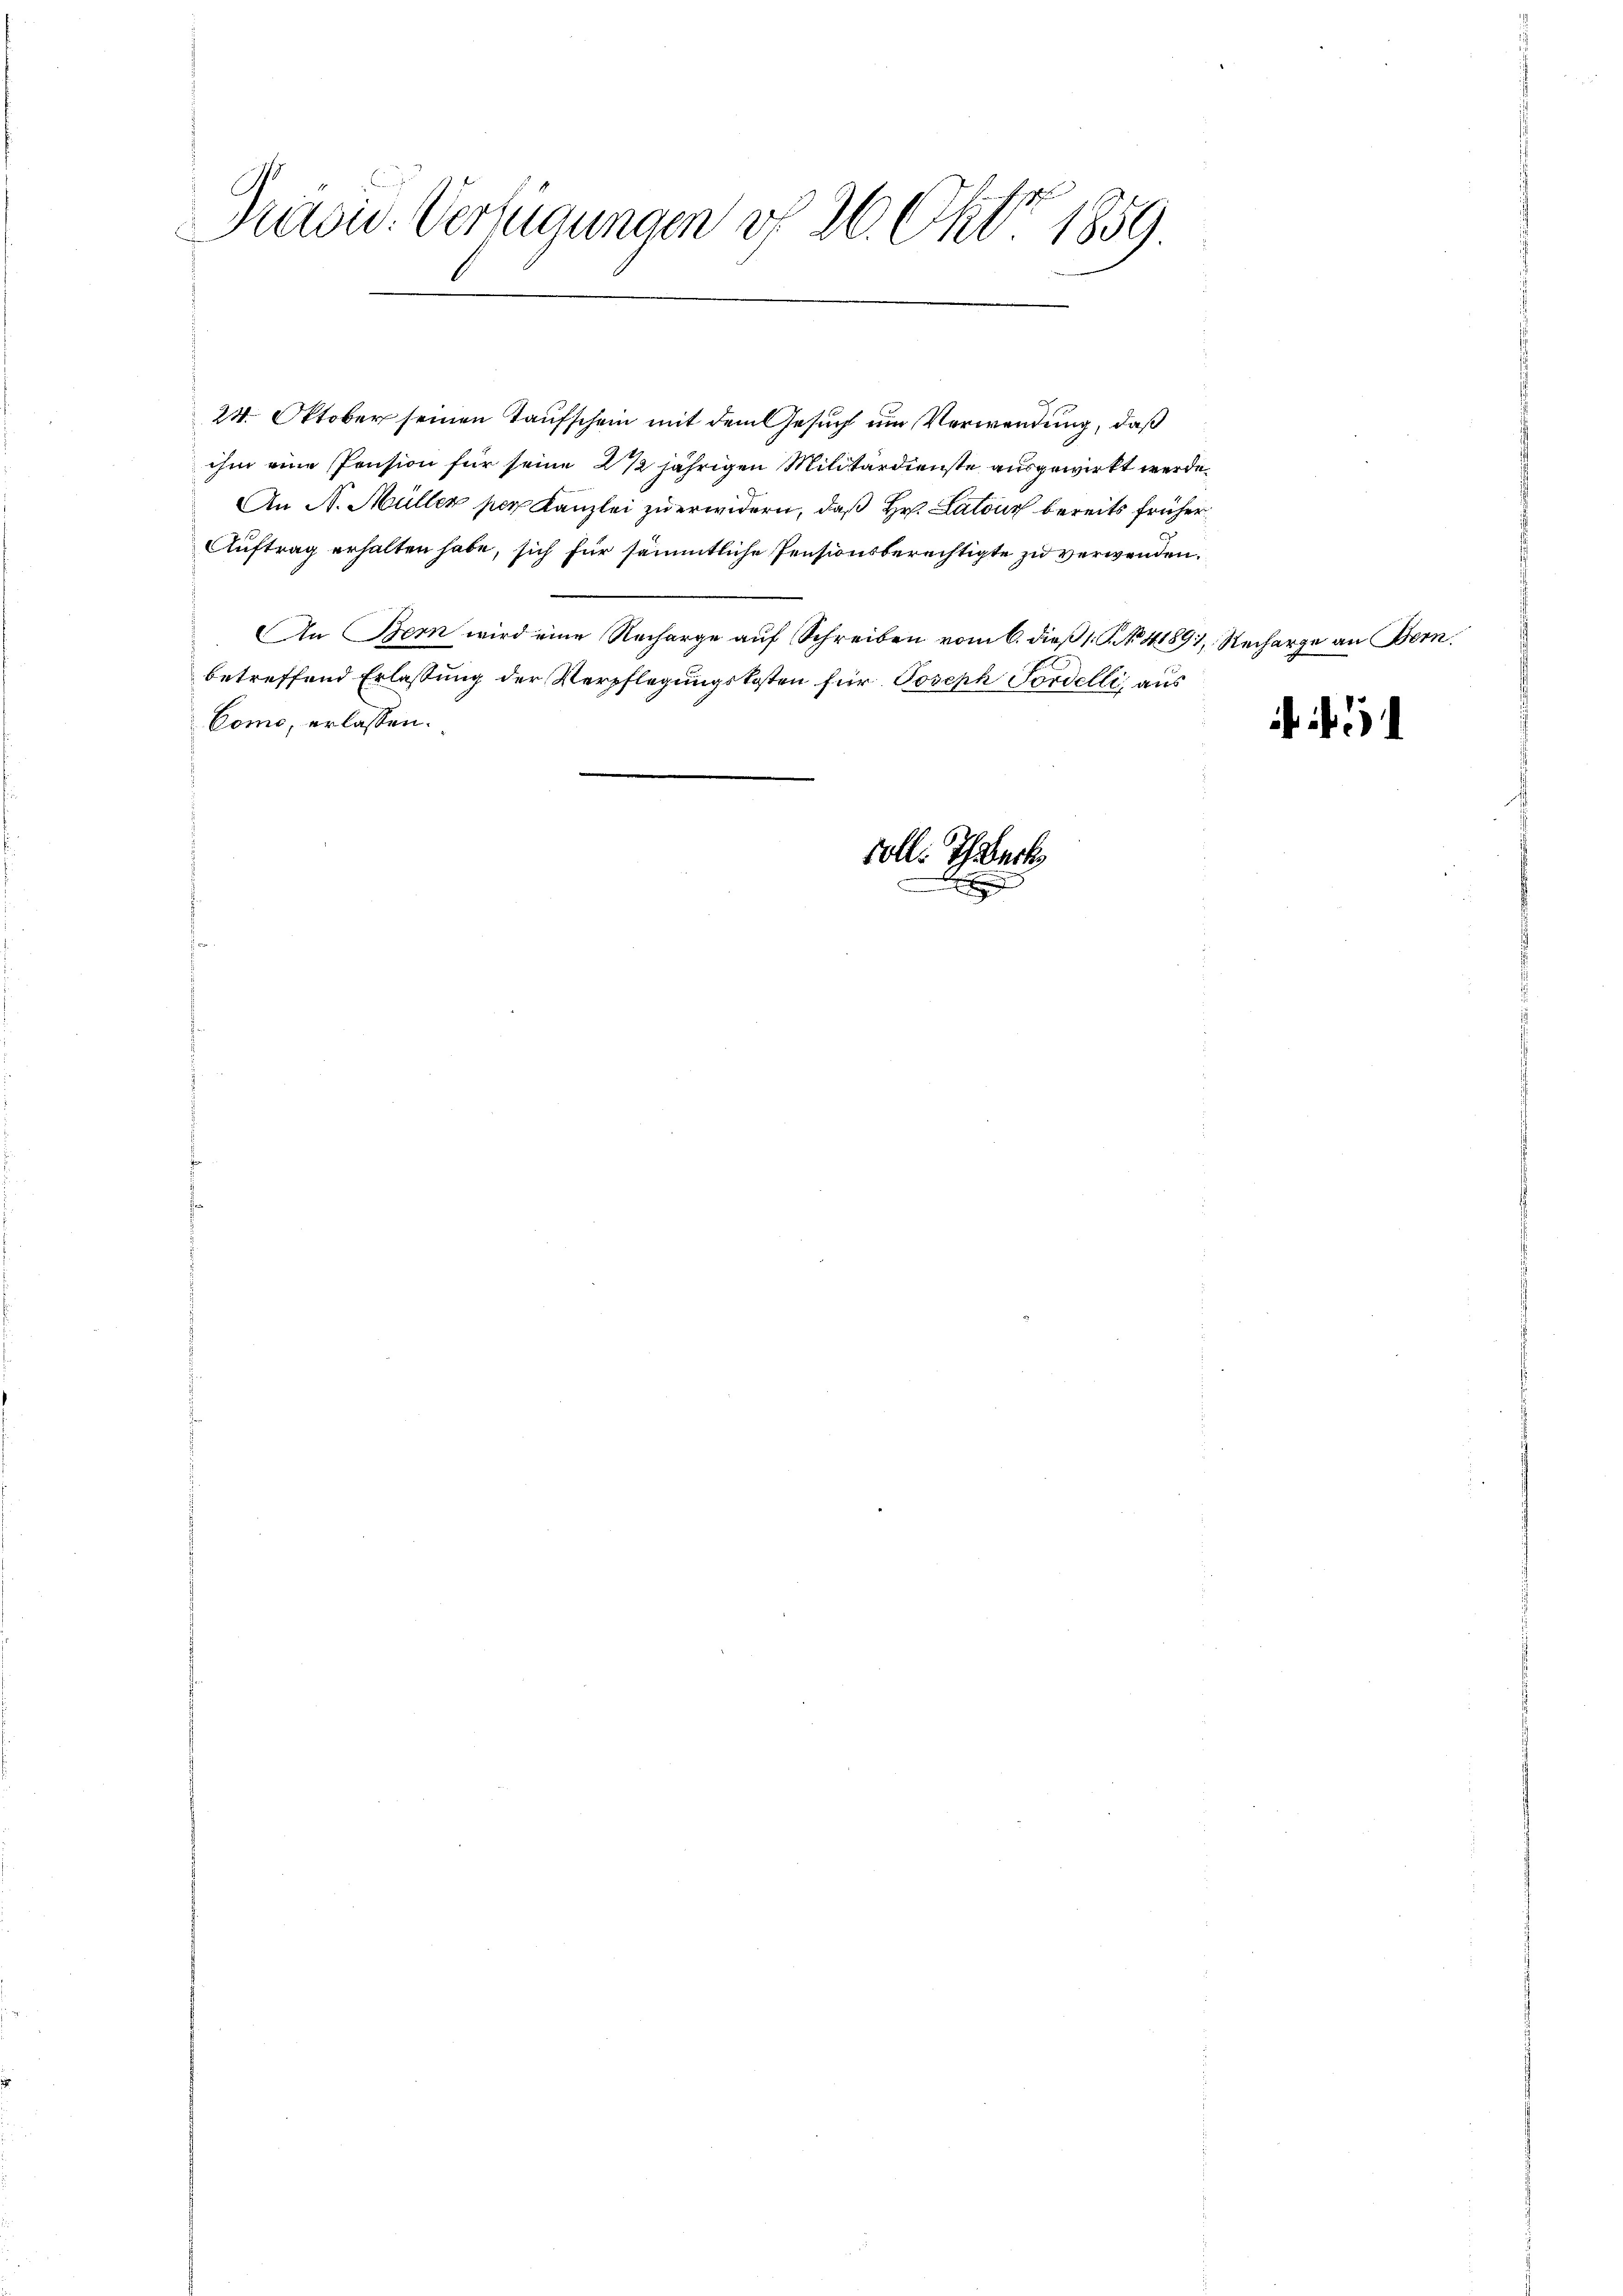
s
S
Prusiv-Verfügungen v. 26. Fr. 1859.

24. Oktober seinen Taufschein mit dem Gesuch um Verwendung, daß
ihm eine Pension für seine 2 1/2 jährigen Militärdienste ausgewirkt werde.
An N. Müller per Kanzlei zu erwidern, daß Hr. Latour bereits früher
Auftrag erhalten habe, sich für sämmtliche Pensionsberechtigte zu verwenden.
An Bern wird eine Recharge auf Schreiben vom 6. dieß (. . . 41891, Recharge an Bern.
betreffend Erlassung der Verpflegungskosten für Joseph Fordelli aus
Como, erlassen.
soll. Ich erk